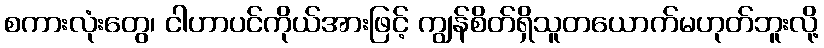
စကားလုံးတွေ၊ ငါဟာပင်ကိုယ်အားဖြင့် ကျွန်စိတ်ရှိသူတယောက်မဟုတ်ဘူးလို့